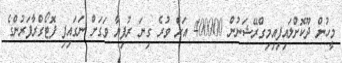
މީހުން ދޫކޮށްލައިފިއިމިގްރޭޝަނުން 400000 އަށް ވުރެ ގިނަ ރުފިޔާ ވަގަށް ނަގައިފި ފޮޓޯގްރާފަރުންގެ